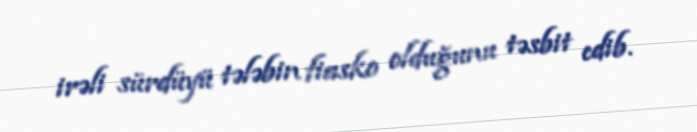
irəli sürdüyü tələbin fiasko olduğunu təsbit edib.